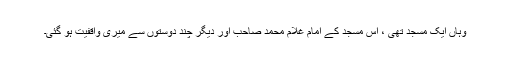
وہاں ایک مسجد تھی ، اس مسجد کے امام غلام محمد صاحب اور دیگر چند دوستوں سے میری واقفیت ہو گئی۔